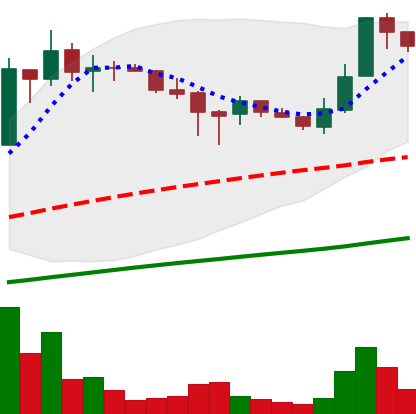
Ticker: LTC-USD
Chart end date: 2017-07-06
Forward return: -11.343%
Label: down_7plus